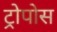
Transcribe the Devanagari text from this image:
ट्रोपोस